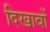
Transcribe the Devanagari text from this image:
दिखावों